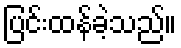
ပြင်းထန်ခဲ့သည်။